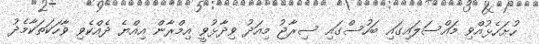
ހުށަހެޅުއްވި މައްސަލައިގައި ބަހުސްގައި ސިރާޖު މިއަދު ވިދާޅުވީ އިމްރާން އިއްޔެ ދެއްކެވި ވާހަކަތަކާމެދު